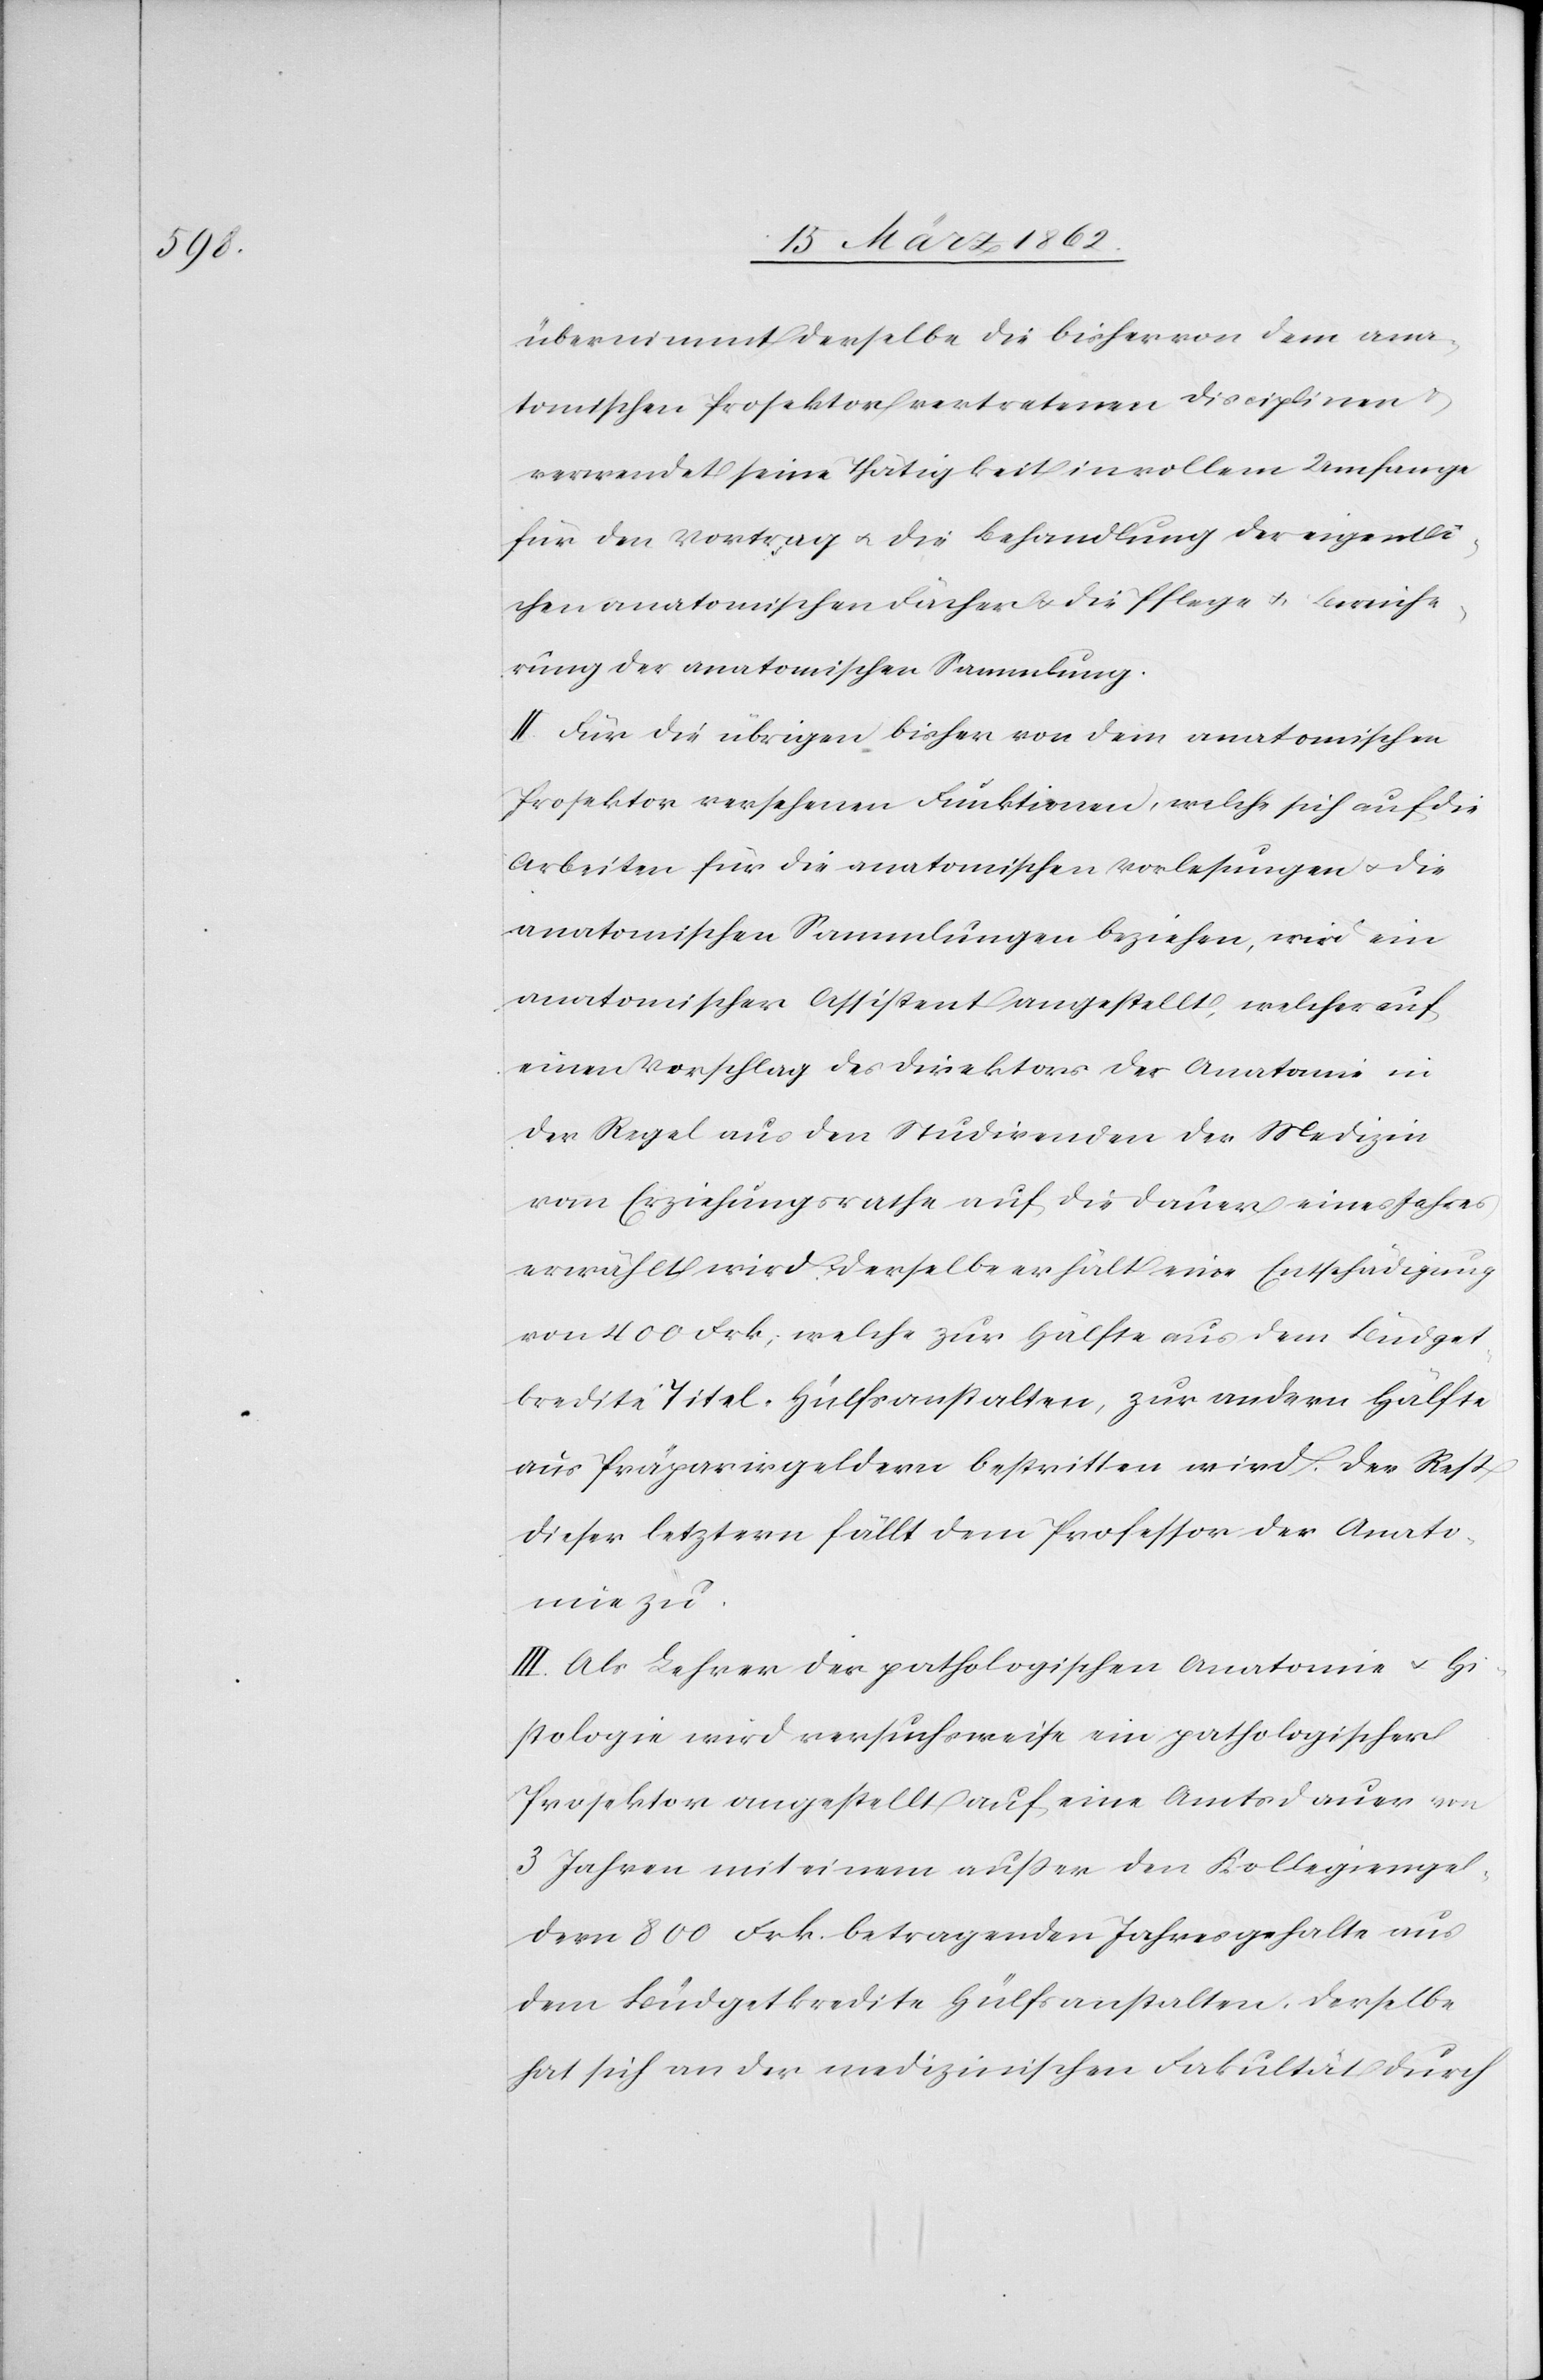
übernimmt derselbe die bisher von dem ana¬
tomischen Prosektor vertretenen Disciplinen &
verwendet seine Thätigkeit in vollem Umfange
für den Vortrag u. die Behandlung der eigentli¬
chen anatomischen Fächer u. die Pflege u. Bereiche¬
rung der anatomischen Sammlung.
II. Für die übrigen bisher von dem anatomischen
Prosektor versehenen Funktionen, welche sich auf die
Arbeiten für die anatomischen Vorlesungen u. die
anatomischen Sammlungen beziehen, wird ein
anatomischer Assistent angestellt, welcher auf
einen Vorschlag des Direktors der Anatomie in
der Regel aus den Studirenden der Medizin
vom Erziehungsrathe auf die Dauer eines Jahres
erwählt wird. Derselbe erhält eine Entschädigung
von 400 Frk., welche zur Hälfte aus dem Budget¬
kredite Titel Hülfsanstalten, zur andern Hälfte
aus Präparirgeldern bestritten wird. Der Rest
dieser letztern fällt dem Professor der Anato¬
mie zu.
III. Als Lehrer der pathologischen Anatomie u. Hi¬
stologie wird versuchsweise ein pathologischer
Prosektor angestellt auf eine Amtsdauer von
3 Jahren mit einem außer den Kollegiengel¬
dern 800 Frk. betragenden Jahresgehalte aus
dem Büdgetkredite Hülfsanstalten. Derselbe
hat sich an der medizinischen Fakultät durch